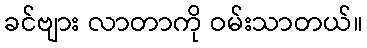
ခင်ဗျား လာတာကို ဝမ်းသာတယ်။